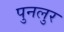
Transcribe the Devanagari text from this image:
पुनलुर